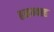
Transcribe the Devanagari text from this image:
हनन्याह